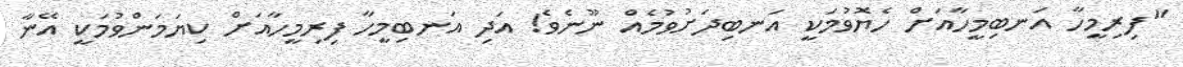
"ފިރިމީހާ އަނބިމީހާއަށް ހެޔޮވުމަކީ އަނބިދަށުވުމެއް ނޫނެވެ! އަދި އަނބިމީހާ ފިރިމީހާއަށް ކިޔަމަންވުމަކީ އޭނާ